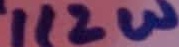
Text: 1/2W